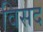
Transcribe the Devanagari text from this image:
विसद